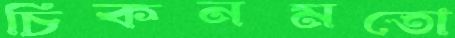
চিকনমতো